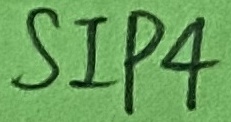
Text: SIP4